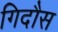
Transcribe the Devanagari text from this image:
गिदौस